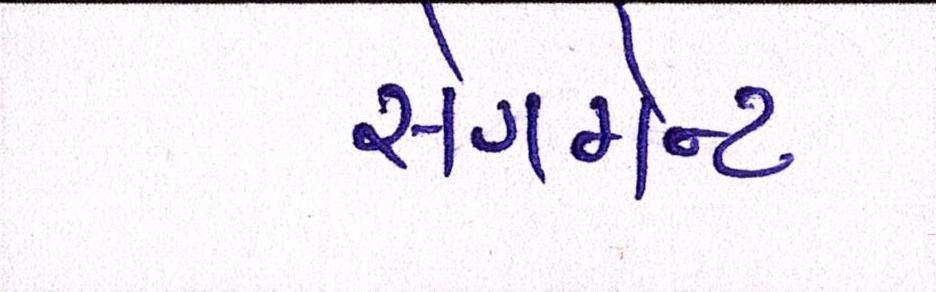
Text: સેગમેન્ટ